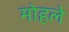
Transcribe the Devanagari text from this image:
माेहले